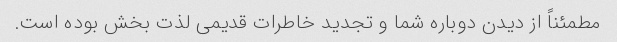
مطمئناً از دیدن دوباره شما و تجدید خاطرات قدیمی لذت بخش بوده است.